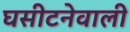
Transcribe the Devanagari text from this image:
घसीटनेवाली